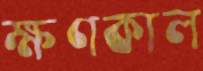
ক্ষণকাল